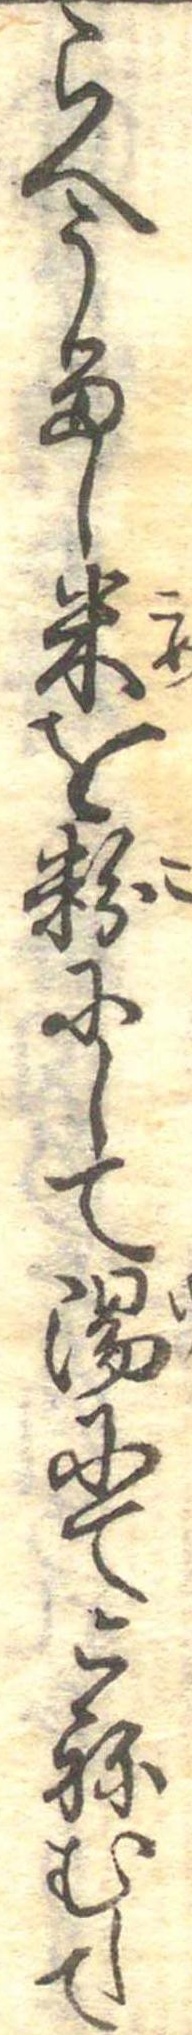
らへうるし米を粉にして湯にてこねむして